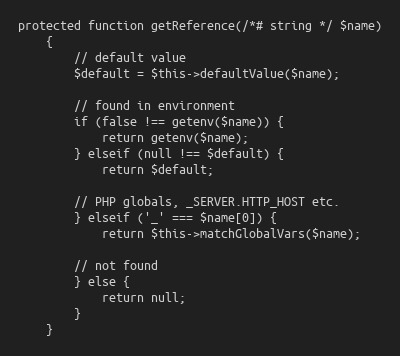
Language: PHP
protected function getReference(/*# string */ $name)
    {
        // default value
        $default = $this->defaultValue($name);

        // found in environment
        if (false !== getenv($name)) {
            return getenv($name);
        } elseif (null !== $default) {
            return $default;

        // PHP globals, _SERVER.HTTP_HOST etc.
        } elseif ('_' === $name[0]) {
            return $this->matchGlobalVars($name);

        // not found
        } else {
            return null;
        }
    }